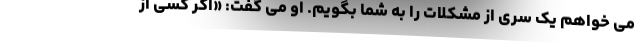
می خواهم یک سری از مشکلات را به شما بگویم. او می گفت: «اگر کسی از